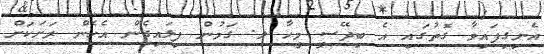
އެނިގިފައިވާ ގޮތުގައި އެ ބިދޭސީ މީހާ ލ. ގަމުން ފިލައިގެން އެހެން ރަށަކަށް